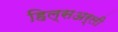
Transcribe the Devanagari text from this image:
हिल्सअर्ली